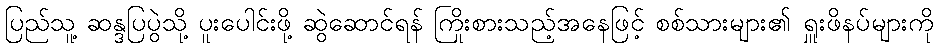
ပြည်သူ့ ဆန္ဒပြပွဲသို့ ပူးပေါင်းဖို့ ဆွဲဆောင်ရန် ကြိုးစားသည့်အနေဖြင့် စစ်သားများ၏ ရှူးဖိနပ်များကို